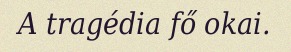
A tragédia fő okai.